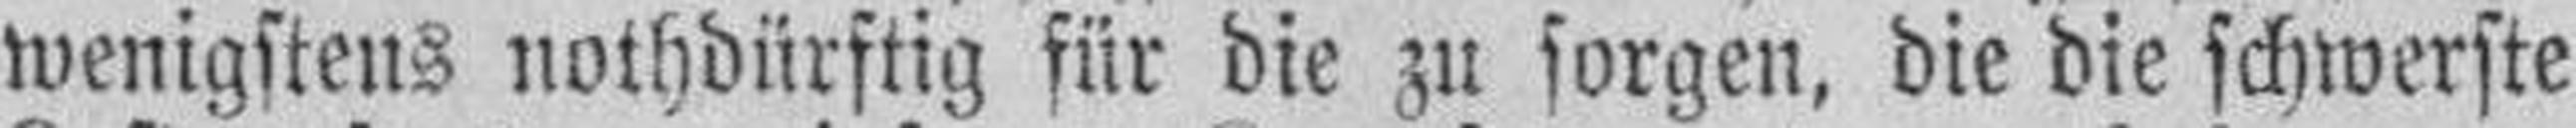
wenigstens nothdürftig für die zu sorgen, die die schwerste